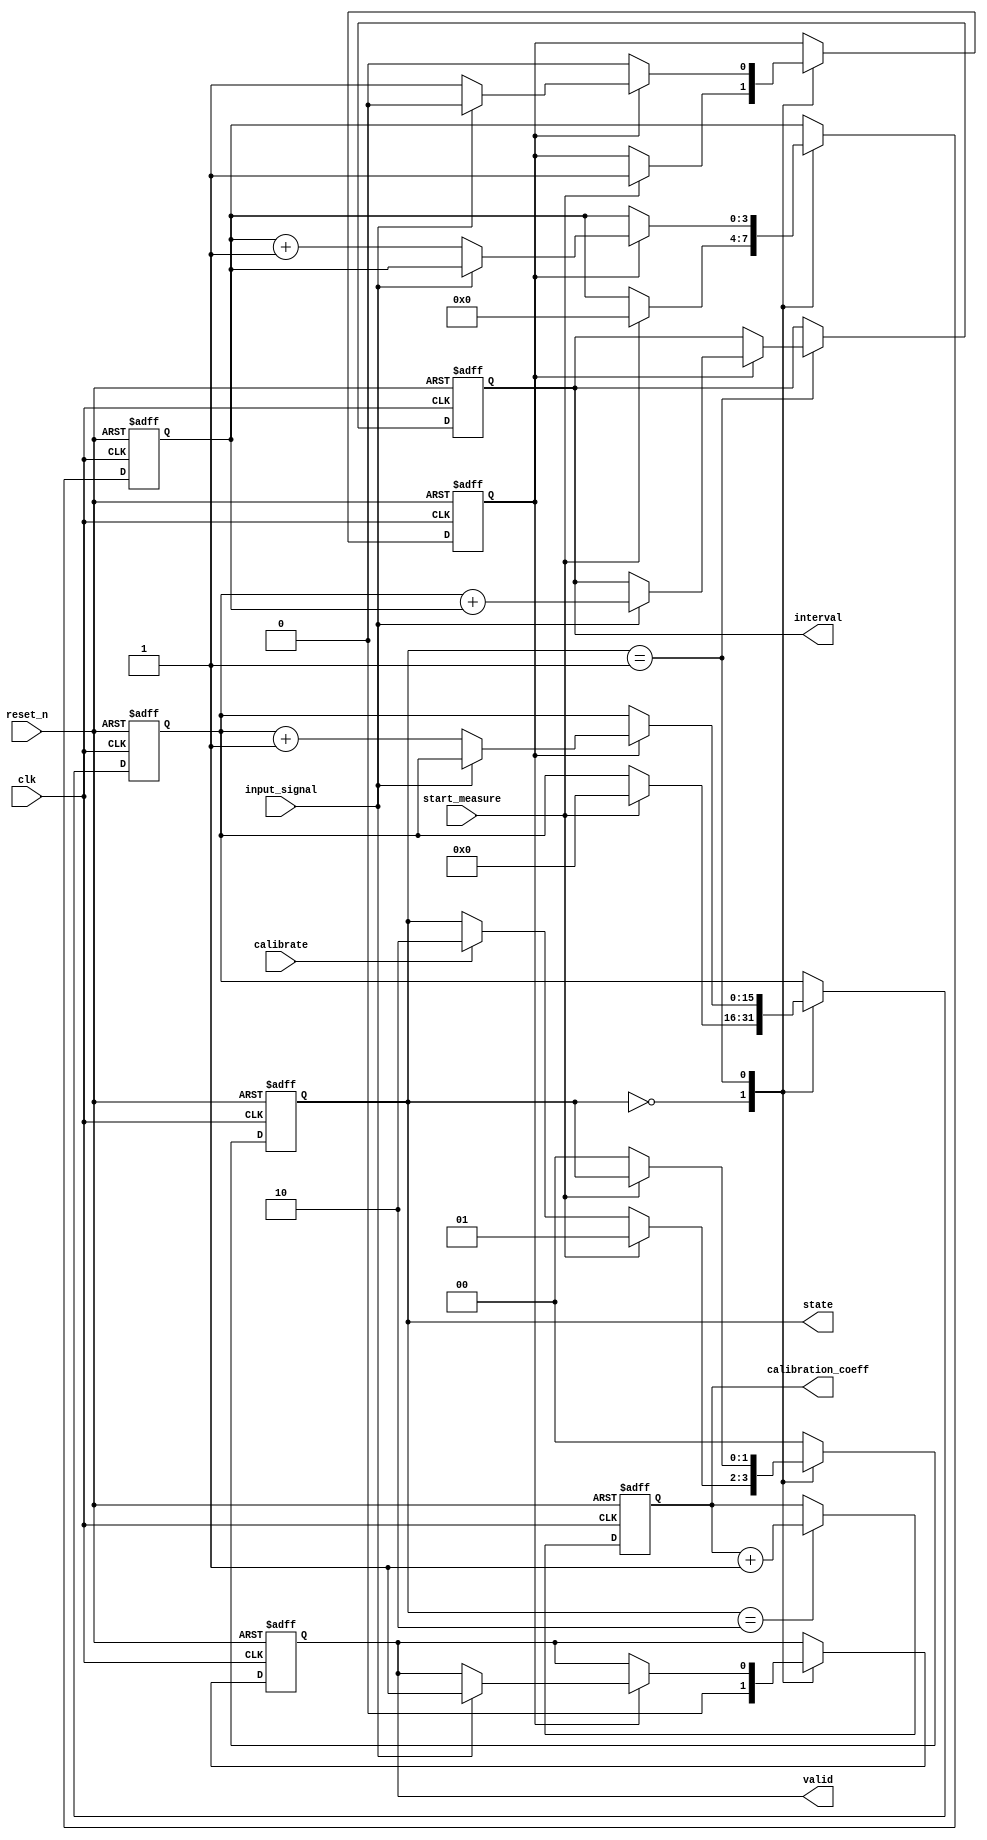
module in_situ_calibration_tdc (
    input wire clk,               // High-frequency clock input
    input wire reset_n,           // Active-low reset
    input wire start_measure,      // Start measurement signal
    input wire input_signal,       // Input signal to measure time interval
    output reg [15:0] interval,    // Measured time interval
    output reg valid,              // Signal indicating valid output
    output reg [15:0] calibration_coeff, // Calibration coefficient
    input wire calibrate,          // Calibration trigger
    output reg [1:0] state         // State output for debugging
);

    parameter IDLE = 2'b00, MEASURE = 2'b01, CALIBRATE = 2'b10;

    reg [15:0] counter;            // Coarse counter
    reg [3:0] fine_counter;        // Fine counter for sub-clock resolution
    reg [15:0] delay_line [0:15];  // Delay line for interpolation
    reg [3:0] delay_index;         // Delay index for calibration
    reg [15:0] reference_signal;    // Reference signal for calibration
    reg measuring;                  // Flag for measuring state

    // Finite State Machine
    always @(posedge clk or negedge reset_n) begin
        if (!reset_n) begin
            state <= IDLE;
            interval <= 0;
            valid <= 0;
            counter <= 0;
            fine_counter <= 0;
            measuring <= 0;
            delay_index <= 0;
            calibration_coeff <= 0;
        end else begin
            case (state)
                IDLE: begin
                    valid <= 0;
                    if (start_measure) begin
                        state <= MEASURE;
                        measuring <= 1;
                        counter <= 0;
                        fine_counter <= 0;
                    end else if (calibrate) begin
                        state <= CALIBRATE;
                    end
                end
                
                MEASURE: begin
                    if (measuring) begin
                        // Start counting
                        if (input_signal) begin
                            // Capture the time interval
                            interval <= counter + fine_counter;
                            valid <= 1;
                            measuring <= 0;
                        end else begin
                            // Increment counter and fine counter
                            counter <= counter + 1;
                            fine_counter <= fine_counter + 1; // Simulate fine resolution
                        end
                    end
                    if (!start_measure) begin
                        state <= IDLE;
                    end
                end
                
                CALIBRATE: begin
                    // Calibration logic here
                    // Adjust delay lines and calibration coefficients
                    // For simplicity, we simulate calibration process
                    calibration_coeff <= calibration_coeff + 1; // Increment for demo
                    delay_line[delay_index] <= calibration_coeff; // Example calibration
                    delay_index <= (delay_index + 1) % 16; // Cycle through delay lines

                    // Return to IDLE after calibration
                    state <= IDLE;
                end
                
                default: state <= IDLE;
            endcase
        end
    end
endmodule